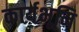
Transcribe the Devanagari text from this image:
कार्यभूमि